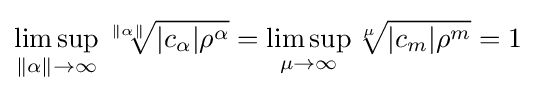
\limsup _{\|\alpha \|\to \infty }{\sqrt[{\|\alpha \|}]{|c_{\alpha }|\rho ^{\alpha }}}=\limsup _{\mu \to \infty }{\sqrt[{\mu }]{|c_{m}|\rho ^{m}}}=1